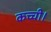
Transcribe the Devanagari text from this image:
कच्ची।